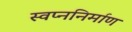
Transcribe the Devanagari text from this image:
स्वप्ननिर्माण